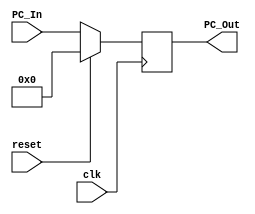
// This program was cloned from: https://github.com/AuraGuardian23/riscv_pipelined_processor
// License: MIT License

`timescale 1ns / 1ps

module Program_Counter(
    input clk, reset,
    input [63:0] PC_In,
    output reg [63:0] PC_Out);
    
    initial
        PC_Out <= 0;
    
    always @(posedge clk)
    begin
        if (~reset)
            begin
                PC_Out <= PC_In;
            end
        else 
            begin
                PC_Out <= 0;
            end
    end
endmodule